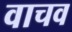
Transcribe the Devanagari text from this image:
वाचव